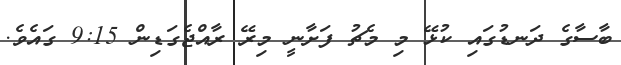
ބާސާގެ ދަނޑުގައި ކުޅޭ މި މެޗު ފަށާނީ މިރޭ ރާއްޖެގަޑިން 9:15 ގައެވެ.